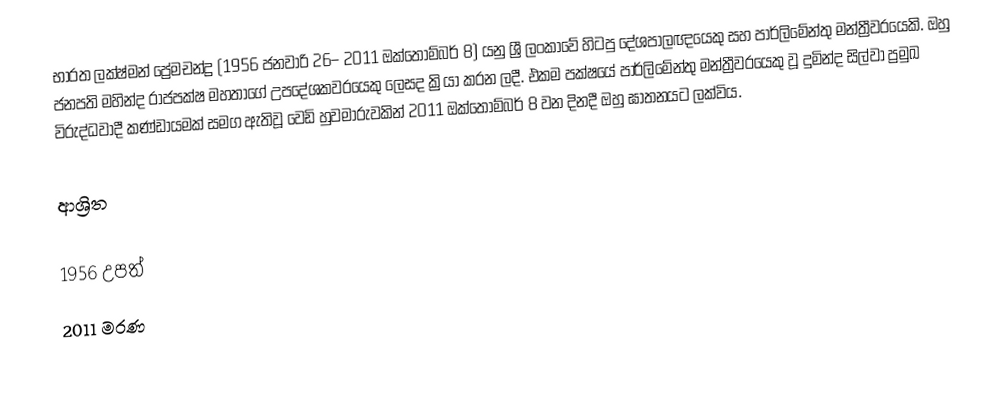
භාරත ලක්ෂ්මන් ප්‍රේමචන්ද්‍ර (1956 ජනවාරි 26– 2011 ඔක්තෝම්බර් 8) යනු ශ්‍රී ලංකාවේ හිටපු දේශපාලඥයෙකු සහ පාර්ලිමේන්තු මන්ත්‍රීවරයෙකි. ඔහු ජනපති මහින්ද රාජපක්ෂ මහතාගේ උපදේශකවරයෙකු ලෙසද ක්‍රියා කරන ලදී. එකම පක්ෂයේ පාර්ලිමේන්තු මන්ත්‍රීවරයෙකු වූ දුමින්ද සිල්වා ප්‍රමුඛ විරුද්ධවාදී කණ්ඩායමක් සමග ඇතිවූ වෙඩි හුවමාරුවකින් 2011 ඔක්තෝම්බර් 8 වන දිනදී ඔහු ඝාතනයට ලක්විය.

ආශ්‍රිත

1956 උපත්
2011 මරණ